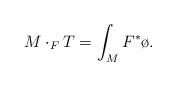
LaTeX: \begin{align*}M\cdot_F T=\int_MF^*\o.\end{align*}